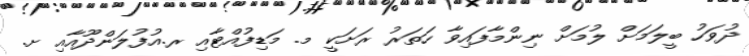
ދުވަހު ބީލަމަށް ލުމަށް ނިންމާފައިވާ ހަތަރު ރަށަކީ މ. މަޑިފުއްޓާއި ރ.އުފުލަންދޫއާއި ށ.